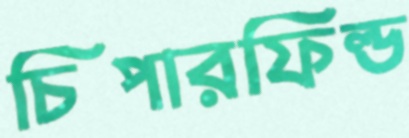
চিপারফিল্ড